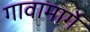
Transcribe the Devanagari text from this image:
गावामार्गे